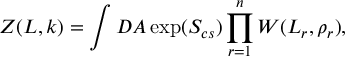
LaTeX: Z ( L , k ) = \int D A \exp ( S _ { c s } ) \prod _ { r = 1 } ^ { n } W ( L _ { r } , \rho _ { r } ) ,